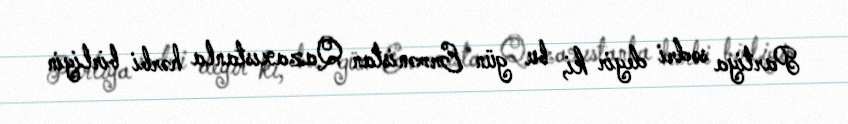
Partiya sədri deyir ki, bu gün Ermənistan Qazaxıstanla hərbi birliyin